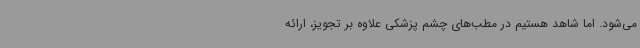
می‌شود. اما شاهد هستیم در مطب‌های چشم پزشکی علاوه بر تجویز، ارائه